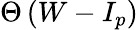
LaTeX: \Theta\left(W-I_{p}\right)